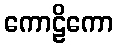
ကောဠိကော